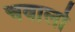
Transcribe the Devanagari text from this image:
चवालो